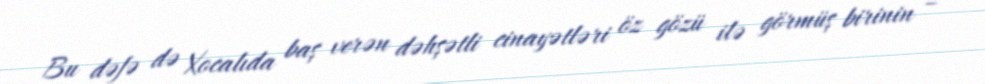
Bu dəfə də Xocalıda baş verən dəhşətli cinayətləri öz gözü ilə görmüş birinin –